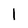
Character: l